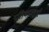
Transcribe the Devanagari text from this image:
प्रतिमानद्वारे